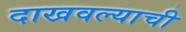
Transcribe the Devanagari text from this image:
दाखवल्याची